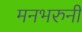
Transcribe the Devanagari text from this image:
मनभरुनी